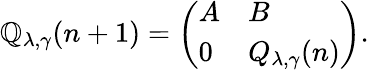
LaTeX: \mathbb{Q}_{\lambda,\gamma}(n+1)=\left(\begin{array}{ll}{A}&{B}\\ {0}&{Q_{\lambda,\gamma}(n)}\end{array}\right).